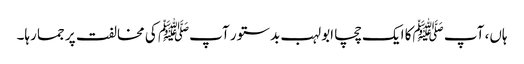
ہاں، آپ ﷺکا ایک چچا ابولہب بدستور آپﷺ کی مخالفت پر جما رہا۔